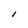
Character: 1